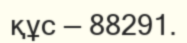
құс — 88291.